Indian journal of veterinary science and animal husbandry - Volume 2,
Year: 1932
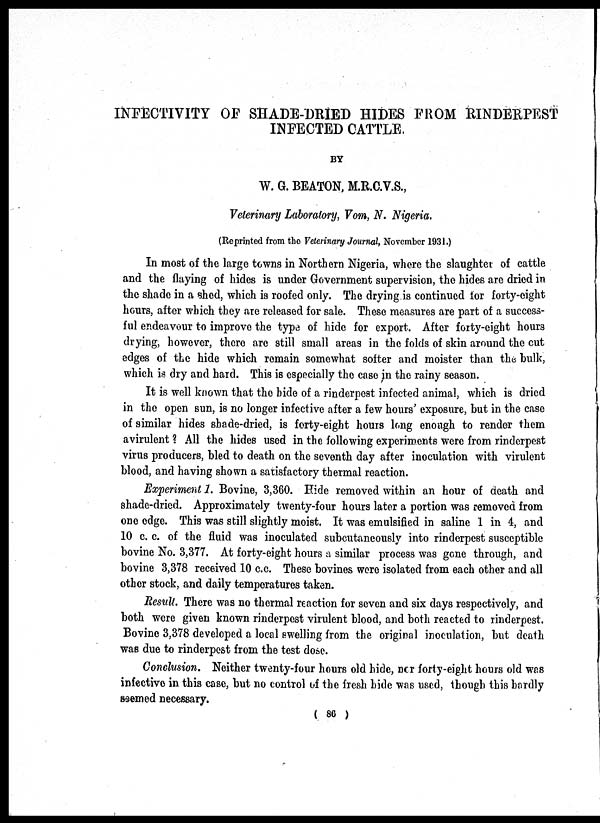
INFECTIVITY OF SHADE-DRIED HIDES FROM RINDERPEST
INFECTED CATTLE.
BY
W. G. BEATON, M.R.C.V.S.,
Veterinary Laboratory, Vom, N. Nigeria.
(Reprinted from the Veterinary Journal, November 1931.)
In most of the large towns in Northern Nigeria, where the slaughter of cattle
and the flaying of hides is under Government supervision, the hides are dried in
the shade in a shed, which is roofed only. The drying is continued for forty-eight
hours, after which they are released for sale. These measures are part of a success-
ful endeavour to improve the type of hide for export. After forty-eight hours
drying, however, there are still small areas in the folds of skin around the cut
edges of the hide which remain somewhat softer and moister than the bulk,
which is dry and hard. This is especially the case in the rainy season.
It is well known that the hide of a rinderpest infected animal, which is dried
in the open sun, is no longer infective after a few hours' exposure, but in the case
of similar hides shade-dried, is forty-eight hours long enough to render them
a virulent ? All the hides used in the following experiments were from rinderpest
virus producers, bled to death on the seventh day after inoculation with virulent
blood, and having shown a satisfactory thermal reaction.
Experiment 1. Bovine, 3,360. Hide removed within an hour of death and
shade-dried. Approximately twenty-four hours later a portion was removed from
one edge. This was still slightly moist. It was emulsified in saline 1 in 4, and
10 c. c. of the fluid was inoculated subcutaneously into rinderpest susceptible
bovine No. 3,377. At forty-eight hours a similar process was gone through, and
bovine 3,378 received 10 c.c. These bovines were isolated from each other and all
other stock, and daily temperatures taken.
Result. There was no thermal reaction for seven and six days respectively, and
both were given known rinderpest virulent blood, and both reacted to rinderpest.
Bovine 3,378 developed a local swelling from the original inoculation, but death
was due to rinderpest from the test dose.
Conclusion. Neither twenty-four hours old hide, nor forty-eight hours old was
infective in this case, but no control of the fresh hide was used, though this hardly
seemed necessary.
( 86 )